Indian journal of veterinary science and animal husbandry - Volumes 24-25, 1954-1955
Year: 1954
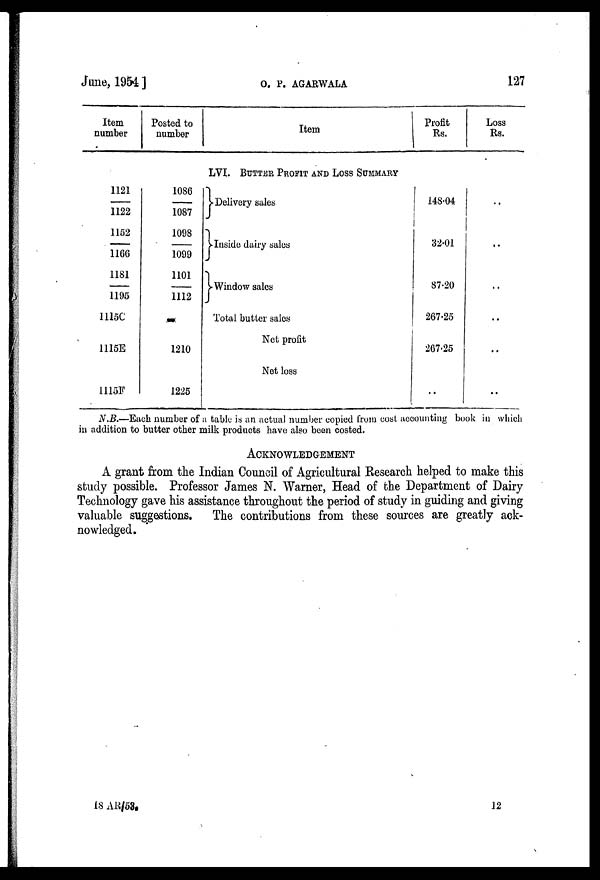
June, 1954]
O.
P.
AGARWALA
127
Item
number
1121
—
1122
1152
—
1166
1181
—
1195
1115C
1115E
1115F
Posted to
number
1086
—
1087
1098
—
1099
1101
—
1112
—
1210
1225
Item
LVI. BUTTER PROFIT AND LOSS SUMMARY
Delivery sales
Inside dairy sales
Window sales
Total butter sales
Net profit
Net loss
Profit
Rs.
148.04
32.01
87.20
267.25
267.25
..
Loss
Rs.
..
..
..
..
..
..
N.B.—Each number of a table is an actual number copied from cost accounting book in which
in addition to butter other milk products have also been costed.
ACKNOWLEDGEMENT
A grant from the Indian Council of Agricultural Research helped to make this
study possible. Professor James N. Warner, Head of the Department of Dairy
Technology gave his assistance throughout the period of study in guiding and giving
valuable suggestions. The contributions from these sources are greatly ack-
nowledged.
18
AR/53.
12